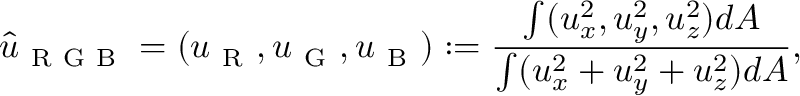
\hat { u } _ { \mathrm { ~ R ~ G ~ B ~ } } = ( u _ { \mathrm { ~ R ~ } } , u _ { \mathrm { ~ G ~ } } , u _ { \mathrm { ~ B ~ } } ) : = \frac { \int ( u _ { x } ^ { 2 } , u _ { y } ^ { 2 } , u _ { z } ^ { 2 } ) d A } { \int ( u _ { x } ^ { 2 } + u _ { y } ^ { 2 } + u _ { z } ^ { 2 } ) d A } ,